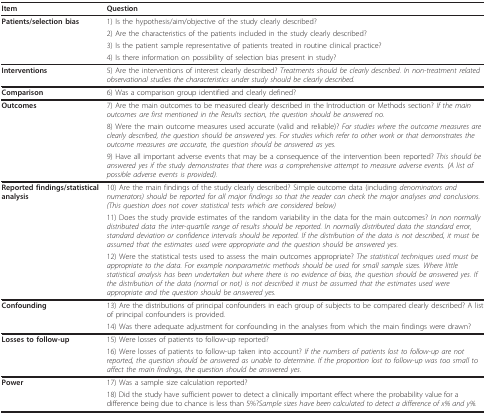
<table><thead><tr><td><b>Item</b></td><td><b>Question</b></td></tr></thead><tbody><tr><td><b>Patients/selection bias</b></td><td>1) Is the hypothesis/aim/objective of the study clearly described?</td></tr><tr><td></td><td>2) Are the characteristics of the patients included in the study clearly described?</td></tr><tr><td></td><td>3) Is the patient sample representative of patients treated in routine clinical practice?</td></tr><tr><td></td><td>4) Is there information on possibility of selection bias present in study?</td></tr><tr><td><b>Interventions</b></td><td>5) Are the interventions of interest clearly described? <i>Treatments should be clearly described. In non-treatment related observational studies the characteristics under study should be clearly described.</i></td></tr><tr><td><b>Comparison</b></td><td>6) Was a comparison group identified and clearly defined?</td></tr><tr><td><b>Outcomes</b></td><td>7) Are the main outcomes to be measured clearly described in the Introduction or Methods section? <i>If the main outcomes are first mentioned in the Results section, the question should be answered no.</i></td></tr><tr><td></td><td>8) Were the main outcome measures used accurate (valid and reliable)? <i>For studies where the outcome measures are clearly described, the question should be answered yes. For studies which refer to other work or that demonstrates the outcome measures are accurate, the question should be answered as yes.</i></td></tr><tr><td></td><td>9) Have all important adverse events that may be a consequence of the intervention been reported? <i>This should be answered yes if the study demonstrates that there was a comprehensive attempt to measure adverse events. (A list of possible adverse events is provided).</i></td></tr><tr><td><b>Reported findings/statistical analysis</b></td><td>10) Are the main findings of the study clearly described? Simple outcome data (including <i>denominators and numerators) should be reported for all major findings so that the reader can check the major analyses and conclusions.(This question does not cover statistical tests which are considered below)</i></td></tr><tr><td></td><td>11) Does the study provide estimates of the random variability in the data for the main outcomes? <i>In non normally distributed data the inter-quartile range of results should be reported. In normally distributed data the standard error, standard deviation or confidence intervals should be reported. If the distribution of the data is not described, it must be assumed that the estimates used were appropriate and the question should be answered yes.</i></td></tr><tr><td></td><td>12) Were the statistical tests used to assess the main outcomes appropriate? <i>The statistical techniques used must be appropriate to the data. For example nonparametric methods should be used for small sample sizes. Where little statistical analysis has been undertaken but where there is no evidence of bias, the question should be answered yes. If the distribution of the data (normal or not) is not described it must be assumed that the estimates used were appropriate and the question should be answered yes.</i></td></tr><tr><td><b>Confounding</b></td><td>13) Are the distributions of principal confounders in each group of subjects to be compared clearly described? A list of principal confounders is provided.</td></tr><tr><td></td><td>14) Was there adequate adjustment for confounding in the analyses from which the main findings were drawn?</td></tr><tr><td><b>Losses to follow-up</b></td><td>15) Were losses of patients to follow-up reported?</td></tr><tr><td></td><td>16) Were losses of patients to follow-up taken into account? <i>If the numbers of patients lost to follow-up are not reported, the question should be answered as unable to determine. If the proportion lost to follow-up was too small to affect the main findings, the question should be answered yes.</i></td></tr><tr><td><b>Power</b></td><td>17) Was a sample size calculation reported?</td></tr><tr><td></td><td>18) Did the study have sufficient power to detect a clinically important effect where the probability value for a difference being due to chance is less than 5%?<i>Sample sizes have been calculated to detect a difference of x% and y%.</i></td></tr></tbody></table>